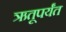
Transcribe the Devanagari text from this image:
ऋतूपर्यंत